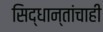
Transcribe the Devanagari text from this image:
सिद्धान्तांचाही